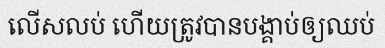
លើសលប់ ហើយត្រូវបានបង្គាប់ឲ្យឈប់